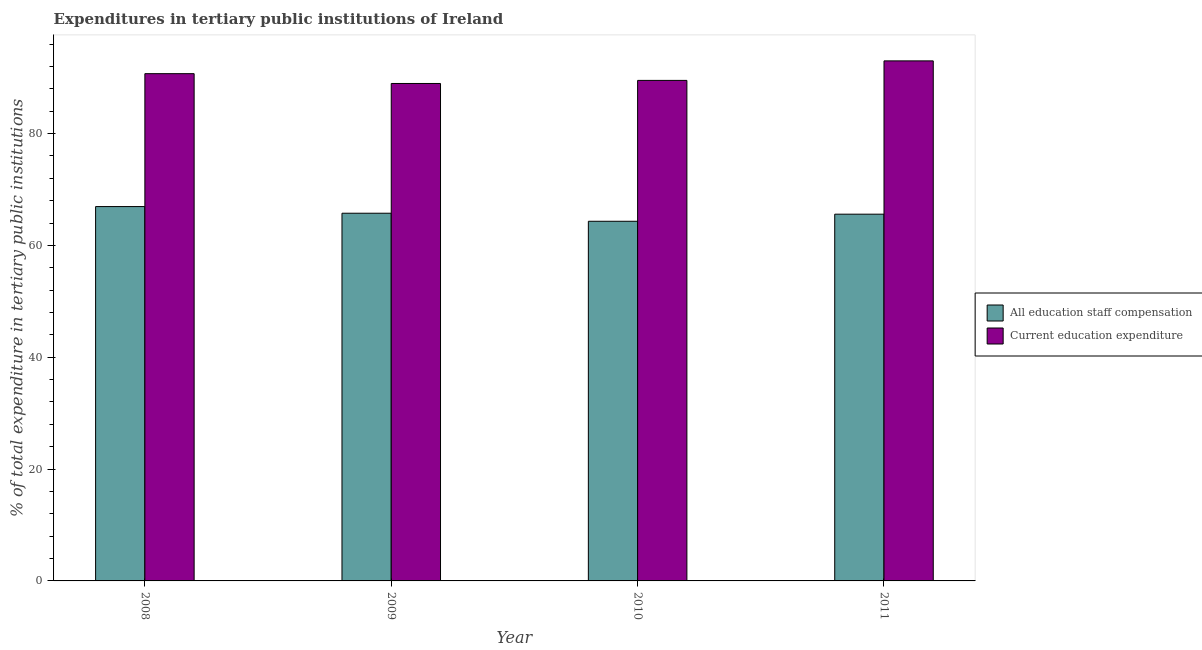
| Year | All education staff compensation | Current education expenditure |
 | --- | --- | --- |
 | 2008 | 66.9 | 90.7 |
 | 2009 | 65.8 | 89 |
 | 2010 | 64.3 | 89.5 |
 | 2011 | 65.6 | 93 |